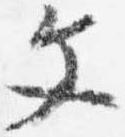
文